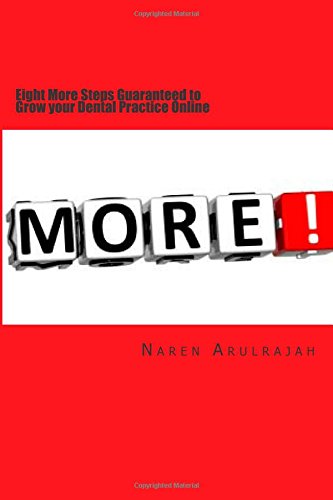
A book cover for Eight More Steps Guaranteed to Grow your Dental Practice Online (Eight Steps) (Volume 2); Naren Arulrajah; Medical Books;